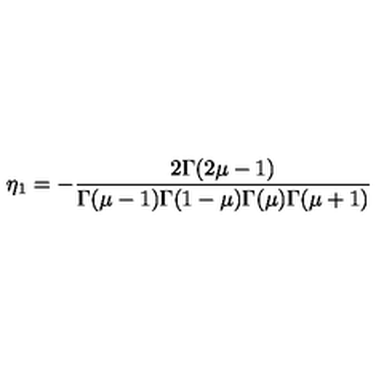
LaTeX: \eta _ { 1 } = - \frac { 2 \Gamma ( 2 \mu - 1 ) } { \Gamma ( \mu - 1 ) \Gamma ( 1 - \mu ) \Gamma ( \mu ) \Gamma ( \mu + 1 ) }